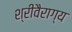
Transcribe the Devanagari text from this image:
श्रीवैराग्य